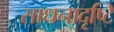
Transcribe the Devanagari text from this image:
साधनादृष्टि